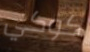
كوكي